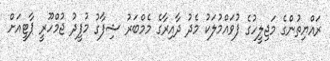
ރައްޔިތުންގެ މަޖިލީހުގެ ފުވައްމުލަކު މެދު ދާއިރާގެ މެމްބަރު ޝިފާގު މުފީދު ޖުމްހޫރީ ޕާޓީއަށް